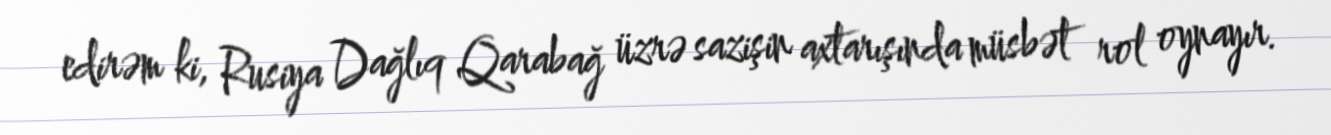
edirəm ki, Rusiya Dağlıq Qarabağ üzrə sazişin axtarışında müsbət rol oynayır.